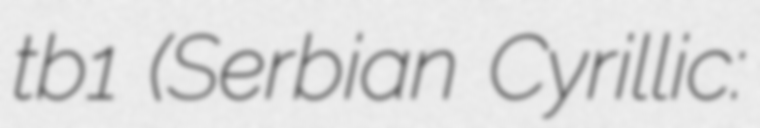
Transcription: tb1 (Serbian Cyrillic: